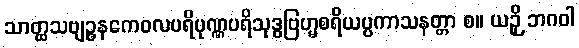
သာတ္ထသဗျဉ္ဇနကေဝလပရိပုဏ္ဏပရိသုဒ္ဓဗြဟ္မစရိယပ္ပကာသနတ္တာ စ။ ယဉှိ ဘဂဝါ